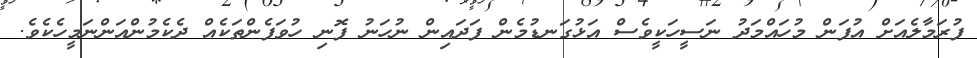
ފުރަމާލެއަށް އުފަން މުހައްމަދު ނަސީހަކީވެސް އަޅުގަނޑުމެން ފަދައިން ނުހަނު ފޮނި ހުވަފެންތަކެއް ދެކެމުންއަންނަމީހެކެވެ.